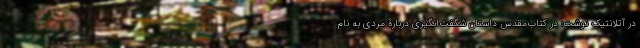
در آتلانتیک نوشت: در کتاب‌مقدس داستان شگفت‌انگیزی دربارۀ مردی به نام